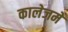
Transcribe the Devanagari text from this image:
कालेजमें